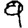
Digit: 9